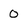
Character: 0